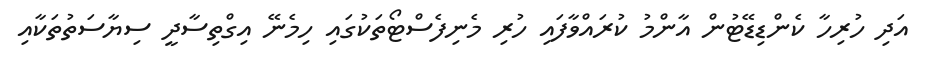
އަދި ހުރިހާ ކެންޑިޑޭޓުން އާންމު ކުރައްވާފައި ހުރި މެނިފެސްޓޯތަކުގައި ހިމެނޭ އިގްތިސާދީ ސިޔާސަތުތަކާއި